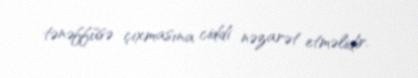
tənəffüsə çıxmasına ciddi nəzarət etməlidir.